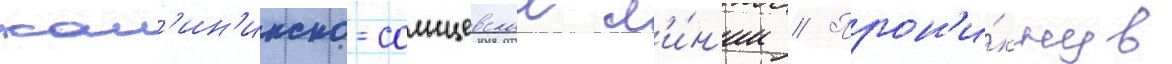
кал'ин'инско-солнцевскои л'и́н'ии // Прон'и́кнув